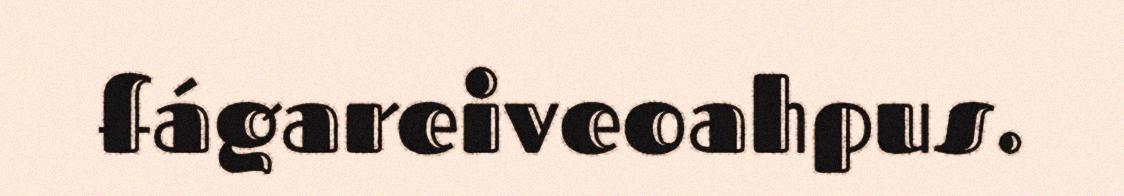
fágareiveoahpus.